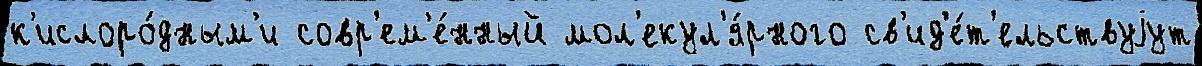
к'ислоро́дным'и совр'ем'е́нный мол'екул'я́рного св'ид'е́т'ельствуjут